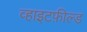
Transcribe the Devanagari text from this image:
व्हाइटफ़ील्ड